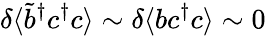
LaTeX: \delta\langle\tilde{b}^{\dagger}c^{\dagger}c\rangle\sim\delta\langle bc^{\dagger}c\rangle\sim 0